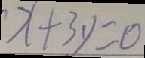
x + 3 y = 0